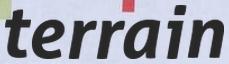
terrain